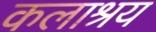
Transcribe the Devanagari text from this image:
कलाश्रय